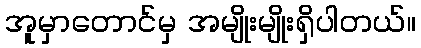
အူမှာတောင်မှ အမျိုးမျိုးရှိပါတယ်။